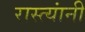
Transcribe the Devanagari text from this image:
रास्त्यांनी